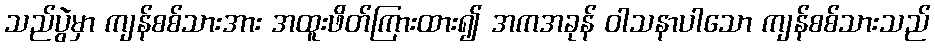
သည်ပွဲမှာ ကျန်စစ်သားအား အထူးဖိတ်ကြားထား၍ အကအခုန် ဝါသနာပါသော ကျန်စစ်သားသည်